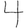
Digit: 4